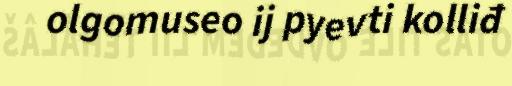
olgomuseo ij pyevti kolliđ